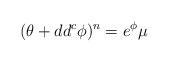
LaTeX: \begin{align*}(\theta+dd^c\phi)^n=e^{\phi}\mu\end{align*}